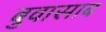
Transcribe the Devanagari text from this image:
बुवासाब